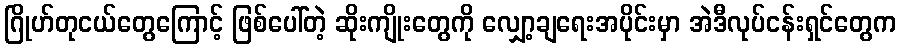
ဂြိုဟ်တုငယ်တွေကြောင့် ဖြစ်ပေါ်တဲ့ ဆိုးကျိုးတွေကို လျှော့ချရေးအပိုင်းမှာ အဲဒီလုပ်ငန်းရှင်တွေက